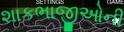
શાકભાજીઓની